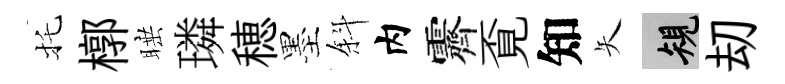
托槨睡璘穂墨斜内霽覔知矢規刧